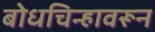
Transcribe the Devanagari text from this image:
बोधचिन्हावरून